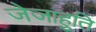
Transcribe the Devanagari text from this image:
जेजाहुति